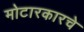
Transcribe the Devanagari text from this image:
मोटारकारचे